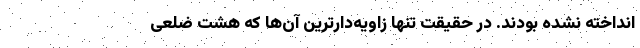
انداخته نشده بودند. در حقیقت تنها زاویه‌دارترین آن‌ها که هشت ضلعی